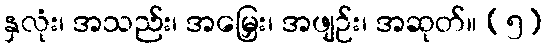
နှလုံး၊ အသည်း၊ အမြှေး၊ အဖျဉ်း၊ အဆုတ်။ (၅)